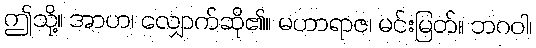
ဤသို့။ အာဟ၊ လျှောက်ဆို၏။ မဟာရာဇ၊ မင်းမြတ်။ ဘဂဝါ၊